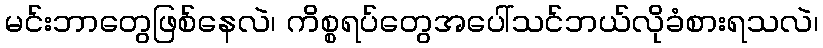
မင်းဘာတွေဖြစ်နေလဲ၊ ကိစ္စရပ်တွေအပေါ်သင်ဘယ်လိုခံစားရသလဲ၊